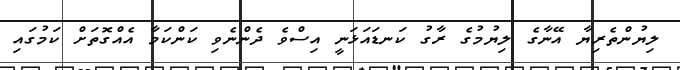
ލިޔުންތެރިޔާ އޭނާގެ ލިޔުމުގެ ރާގު ކަނޑައަޅަނީ އިސްވެ ދެންނެވި ކަންކަމާ އެއްގޮތަށް ކަމުގައި